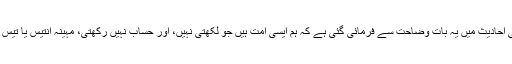
دوسری قسم کی احادیث میں یہ بات وضاحت سے فرمائی گئی ہے کہ ہم ایسی امت ہیں جو لکھتی نہیں، اور حساب نہیں رکھتی، مہینہ انتیس یا تیس دن کا ہوتا ہے۔